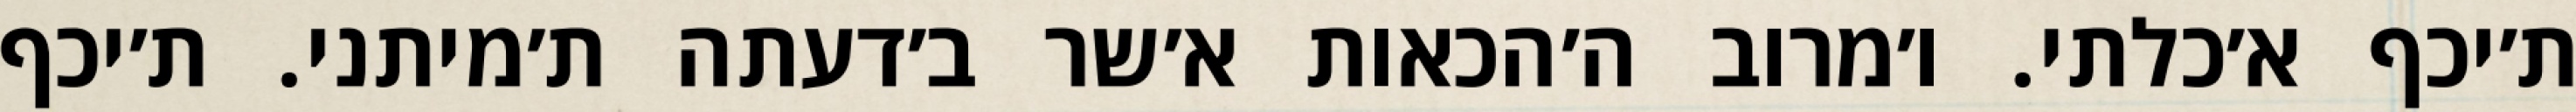
ת׳יכף א׳כלתי. ו׳מרוב ה׳הכאות א׳שר ב׳דעתה ת׳מיתני. ת׳יכף